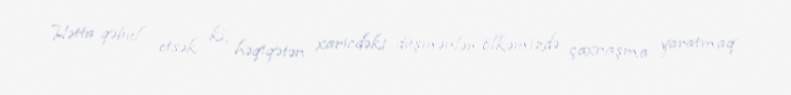
Hətta qəbul etsək ki, həqiqətən xaricdəki düşmənlər ölkəmizdə çaxnaşma yaratmaq